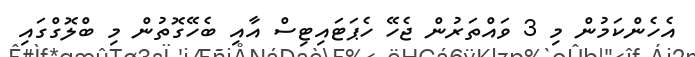
އެހެންކަމުން މި 3 ވައްތަރުން ޖެހޭ ހެޕަޓައިޓިސް އާއި ބެހޭގޮތުން މި ބްލޮގްގައި